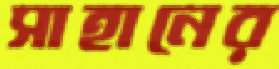
সাহানের